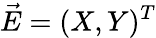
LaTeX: {\vec{E}}=(X,Y)^{T}